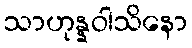
သာဟုန္နဝါသိနော